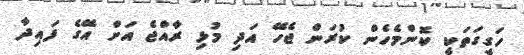
ހަގީގަތަކީ ކޮންމެހެން ކުރަން ޖެހޭ އަދި މުޅި ރާއްޖެ އަށް އޭގެ ފައިދާ